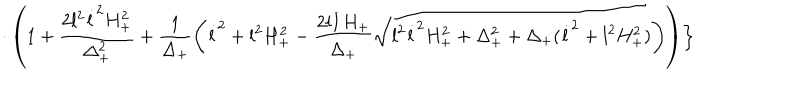
LaTeX: \cdot \left( 1 + \frac { 2 l ^ { 2 } \dot { l } ^ { 2 } H _ { + } ^ { 2 } } { \Delta _ { + } ^ { 2 } } + \frac { 1 } { \Delta _ { + } } \left( \dot { l } ^ { 2 } + l ^ { 2 } H _ { + } ^ { 2 } - \frac { 2 l \dot { l } H _ { + } } { \Delta _ { + } } \sqrt { l ^ { 2 } \dot { l } ^ { 2 } H _ { + } ^ { 2 } + \Delta _ { + } ^ { 2 } + \Delta _ { + } ( \dot { l } ^ { 2 } + l ^ { 2 } H _ { + } ^ { 2 } ) } \right) \right) \Bigr \}